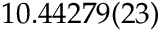
1 0 . 4 4 2 7 9 ( 2 3 )